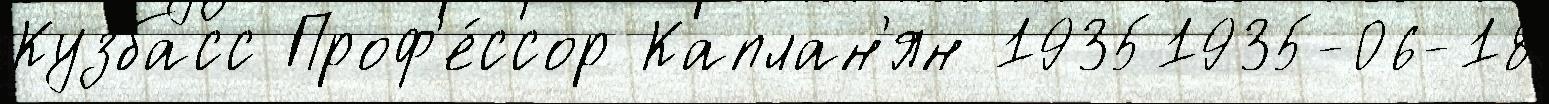
Кузбасс Проф'е́ссор Каплан'ян 19351935-06-18